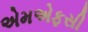
એમએફસી